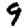
Digit: 9